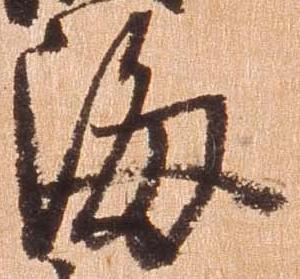
海